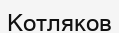
Котляков